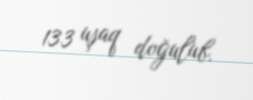
133 uşaq doğulub.